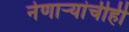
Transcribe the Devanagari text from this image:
नेणाऱ्यांचीही